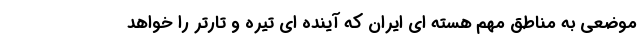
موضعی به مناطق مهم هسته ای ایران که آینده ای تیره و تارتر را خواهد